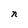
Character: n